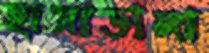
হাসাডাঙ্গা